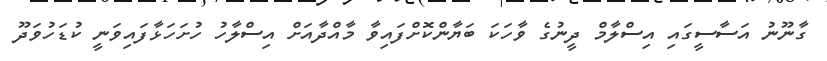
ގާނޫނު އަސާސީގައި އިސްލާމް ދީނުގެ ވާހަކަ ބަޔާންކޮށްފައިވާ މާއްދާއަށް އިސްލާހު ހުށަހަޅާފައިވަނީ ކުޑަހުވަދޫ